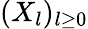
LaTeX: (X_{l})_{l\ge 0}